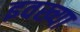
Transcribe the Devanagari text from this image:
इवख्या